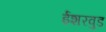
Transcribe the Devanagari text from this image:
ईशरवुड